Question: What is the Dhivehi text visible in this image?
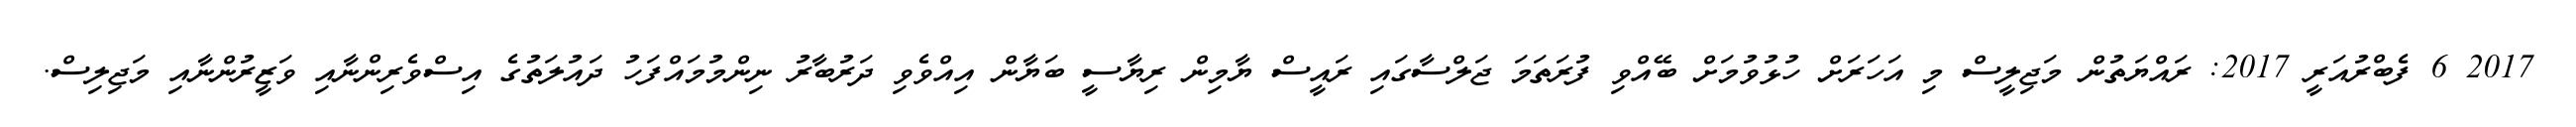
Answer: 2017 6 ފެބްރުއަރީ 2017: ރައްޔަތުން މަޖިލީސް މި އަހަރަށް ހުޅުވުމަށް ބޭއްވި ފުރަތަމަ ޖަލްސާގައި ރައީސް ޔާމިން ރިޔާސީ ބަޔާން އިއްވެވި ދަރުބާރު ނިންމުމައްފަހު ދައުލަތުގެ އިސްވެރިންނާއި ވަޒީރުންނާއި މަޖިލިސް.